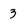
Character: 3